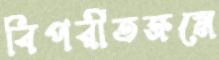
বিপরীতক্রমে